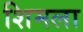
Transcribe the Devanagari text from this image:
शिमला